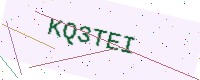
Text: KQ3TEI